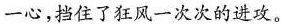
一心，挡住了狂风一次次的进攻。